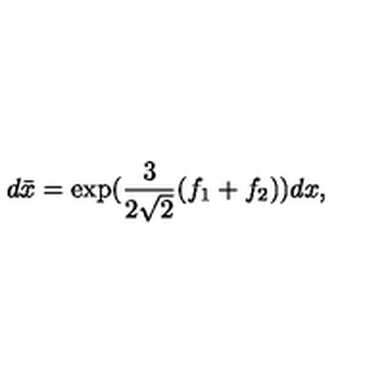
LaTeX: d \bar { x } = \exp ( \frac { 3 } { 2 \sqrt { 2 } } ( f _ { 1 } + f _ { 2 } ) ) d x ,